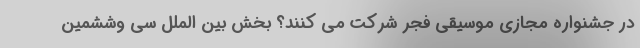
در جشنواره مجازی موسیقی فجر شرکت می کنند؟ بخش بین الملل سی وششمین